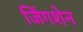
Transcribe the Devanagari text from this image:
जिंगशेन